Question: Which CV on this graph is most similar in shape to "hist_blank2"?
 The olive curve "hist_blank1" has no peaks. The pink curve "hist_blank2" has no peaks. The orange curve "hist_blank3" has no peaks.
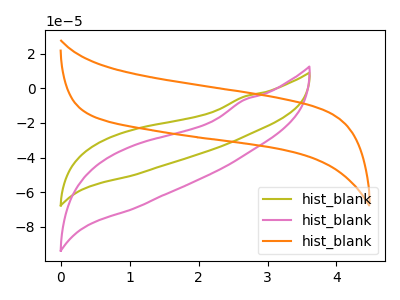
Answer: <think>Neither "hist_blank1" or "hist_blank2" have any peaks. Neither "hist_blank1" or "hist_blank3" have any peaks. Neither "hist_blank2" or "hist_blank3" have any peaks.
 </think>
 <answer>"hist_blank2" and "hist_blank3" have a similar shape to "hist_blank1".</answer>
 <eval>"hist_blank2" "hist_blank3"</eval>